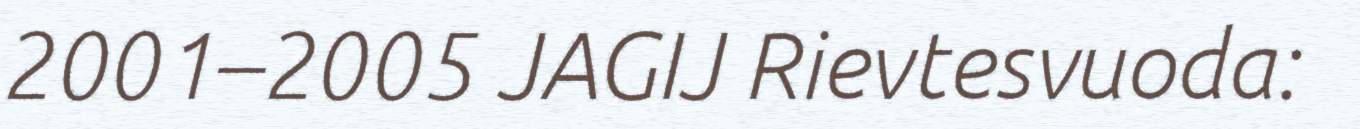
2001–2005 JAGIJ Rievtesvuoda: